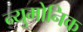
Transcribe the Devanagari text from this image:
न्युमोनिक